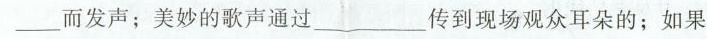
而发声；美妙的歌声通过___传到现场观众耳朵的；如果